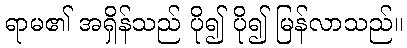
ရာမ၏ အရှိန်သည် ပို၍ ပို၍ မြန်လာသည်။